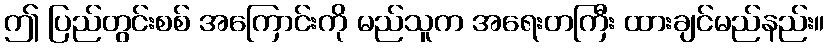
ဤ ပြည်တွင်းစစ် အကြောင်းကို မည်သူက အရေးတကြီး ထားချင်မည်နည်း။